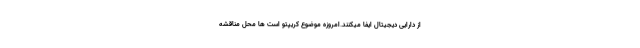
از دارایی دیجیتال ایفا میکنند.امروزه موضوع کریپتو است ها محل مناقشه